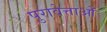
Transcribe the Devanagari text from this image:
पुरावेत्ताओं